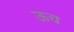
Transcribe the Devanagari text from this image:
ऊच